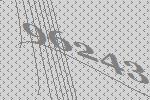
96243